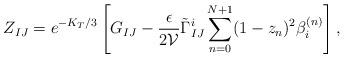
LaTeX: \begin{align*}Z_{IJ} = e^{-K_{T}/3} \left[ G_{IJ} - \frac{\epsilon}{2 \mathcal{V}}\tilde{\Gamma}^{i}_{IJ} \sum_{n=0}^{N+1} (1 - z_{n})^{2} \beta_{i}^{(n)}\right],\end{align*}